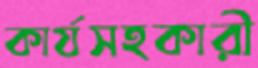
কার্যসহকারী